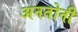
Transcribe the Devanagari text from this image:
अनतोनी